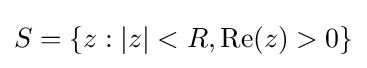
S=\left\{z:|z|<R,\operatorname {Re} (z)>0\right\}